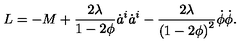
L = - M + { \frac { 2 \lambda } { 1 - 2 \phi } } \dot { a } ^ { i } \dot { a } ^ { i } \nonumber - { \frac { 2 \lambda } { { ( 1 - 2 \phi ) } ^ { 2 } } } \dot { \phi } \dot { \phi } .